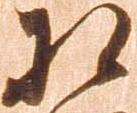
相